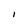
Character: I